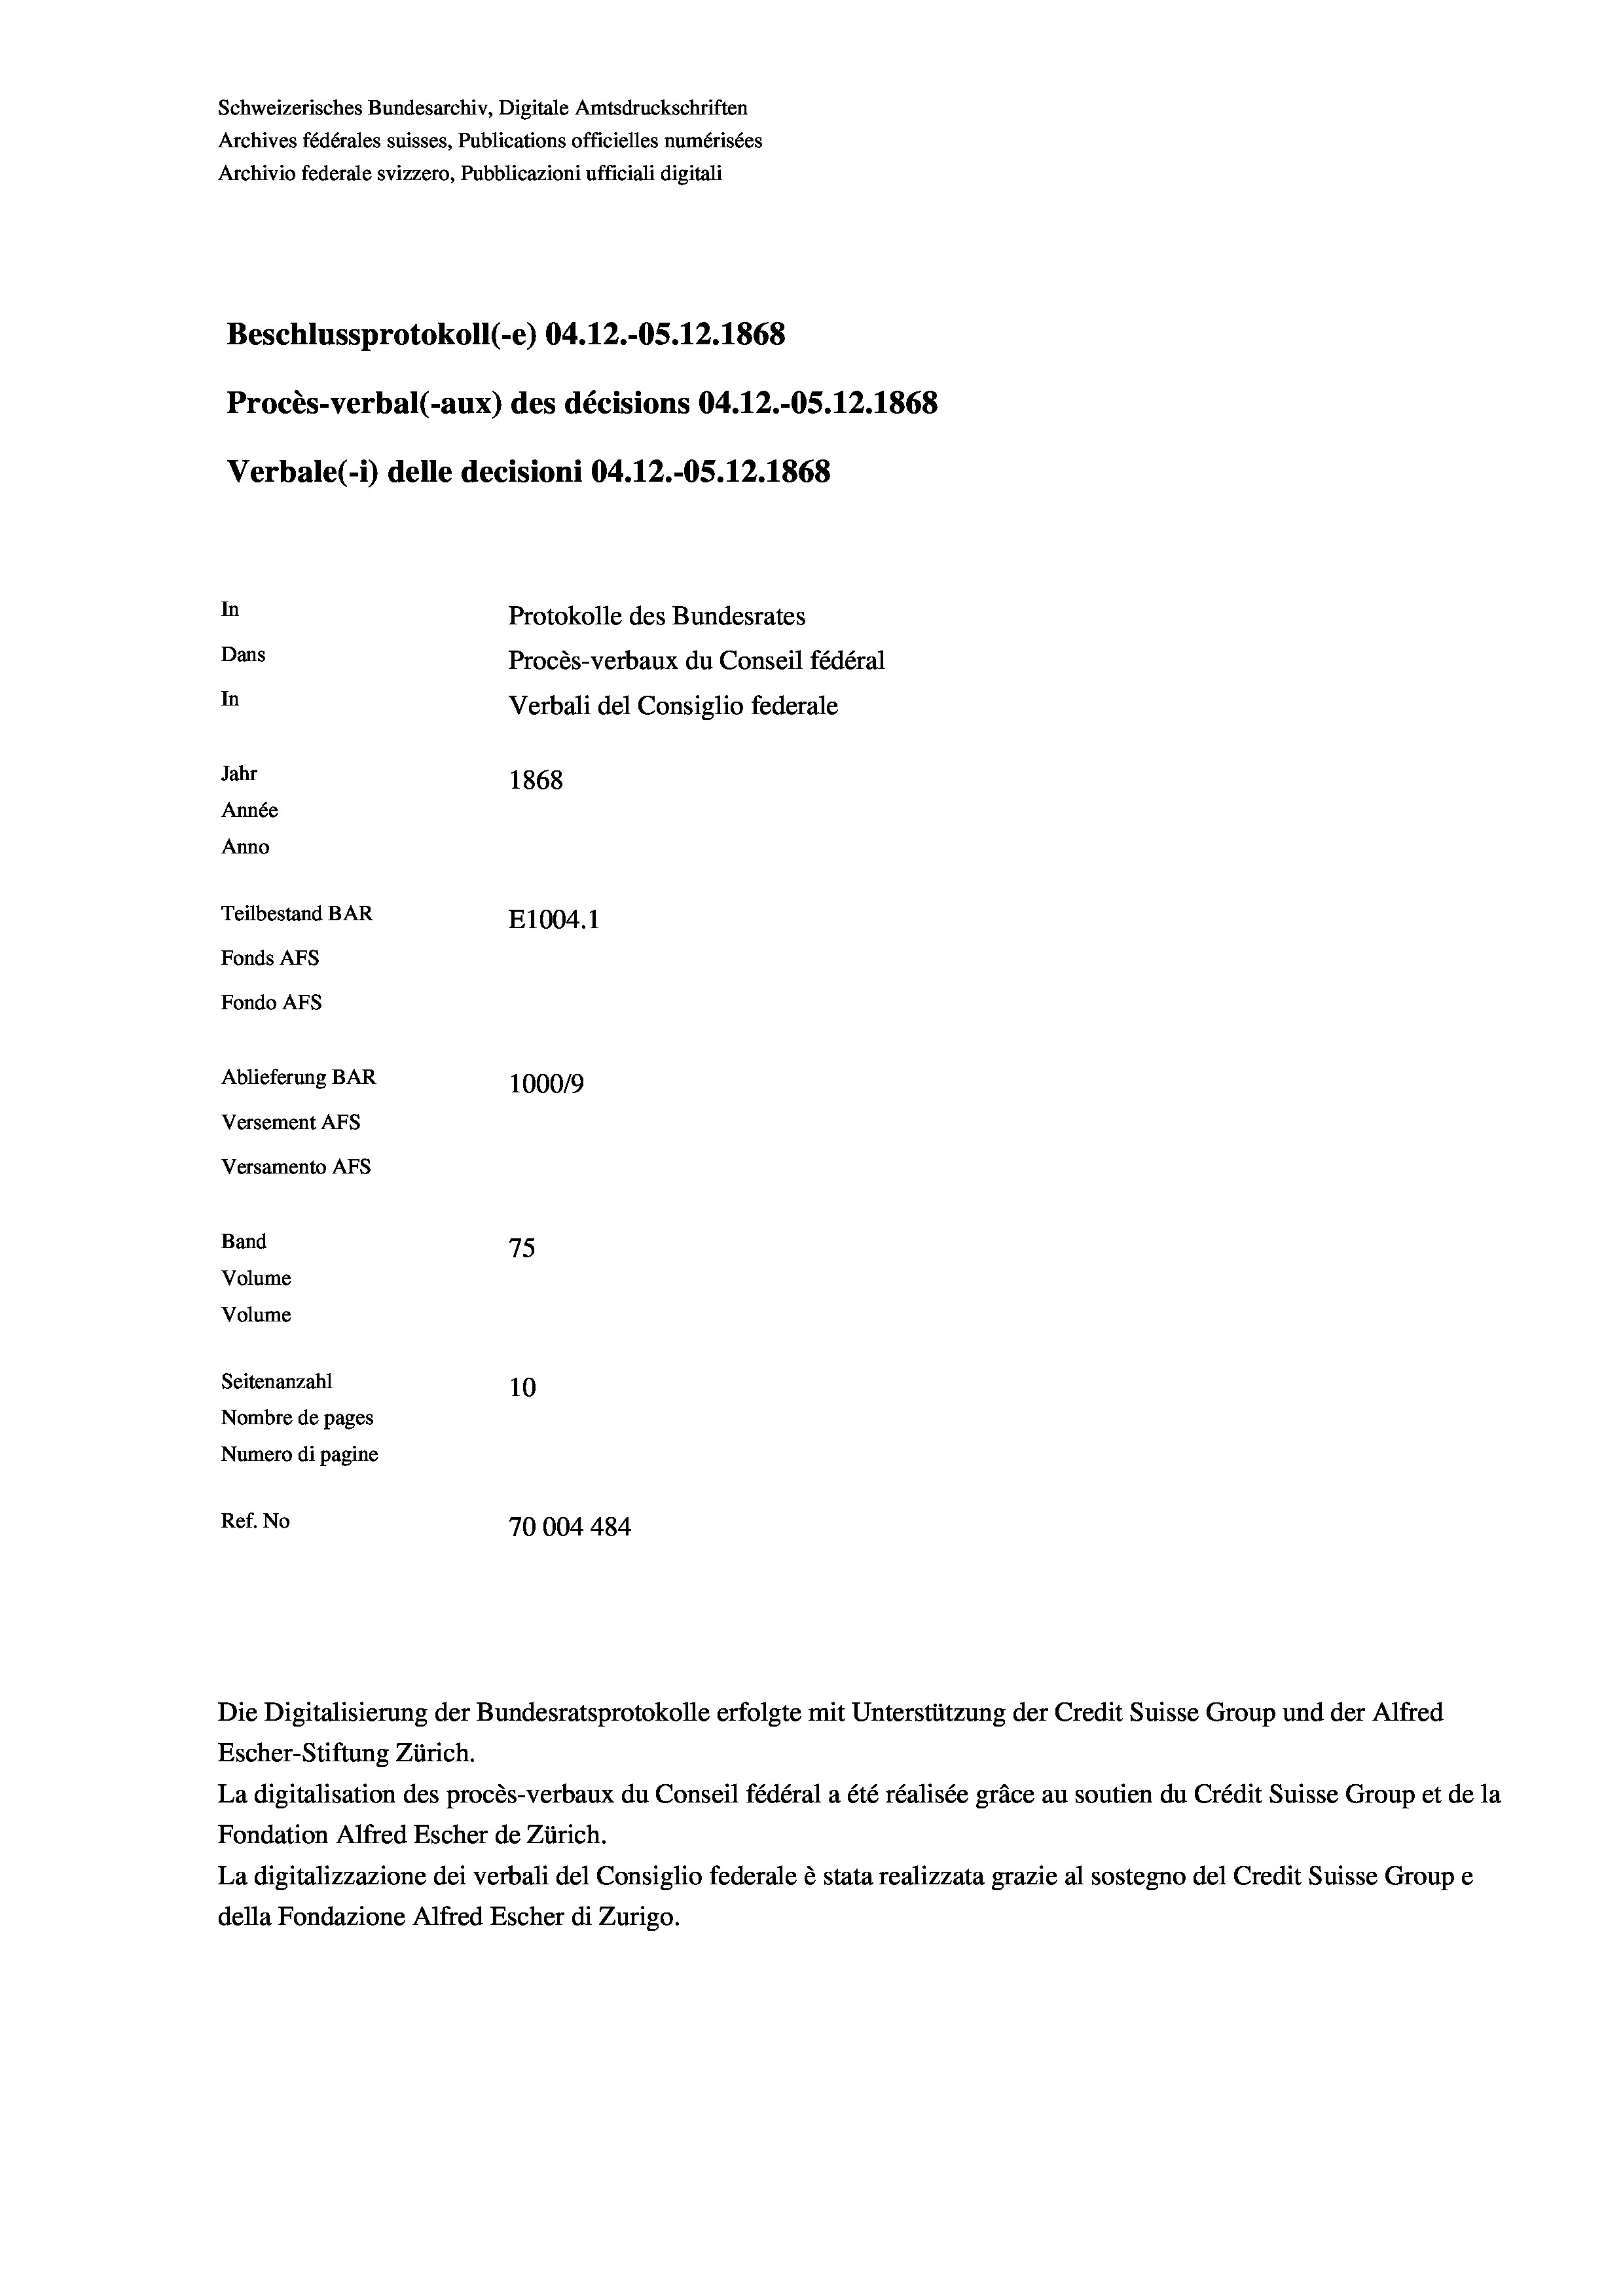
Schweizerisches Bundesarchiv, Digitale Amtsdruckschriften
Archives fédérales suisses, Publications officielles numérisées
Archivio federale svizzero, Pubblicazioni ufficiali digitali
Beschlussprotokoll (-e) 04.12.-05. 12. 1868
Procès-verbal (-aux) des décisions 04.12.-OS.12.1868
Verbale(-*) delle decisioni 04.12.-OS. 12. 1868
In
Protokolle des Bundesrates
Dans
Procès-verbaux du Conseil fédéral
In
Verbali del Consiglio federale
Jahr
1868
Année
Anno
Teilbestand BAR
E1004. 1
Fonds AFs
Fondo AFS
Ablieferung BAR
100019
Versement AFs
Versamento AFs
Band
75
Volume
Volume

Seitenanzahl
10
Nombre de pages
Numero di pagine
Ref. No
70004 484

Die Digitalisierung der Bundesratsprotokolle erfolgte mit Unterstützung der Credit Suisse Group und der Alfred
Escher-Stiftung Zürich.
La digitalisation des procès-verbaux du Conseil fédéral a été réalisée gräce au soutien du Crédit Suisse Group et de la
Fondation Alfred Escher de Zürich.
La digitalizzazione dei verbali del Consiglio federale è stata realizzata grazie al sostegno del Credit Suisse Groupe
della Fondazione Alfred Escher di Zurigo.